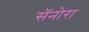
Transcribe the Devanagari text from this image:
सॅनोरा